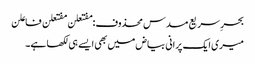
بحرِ سریع مسدس محذوف:مفتعلن مفتعلن فاعلن
میری ایک پرانی بیاض میں بھی ایسے ہی لکھا ہے۔